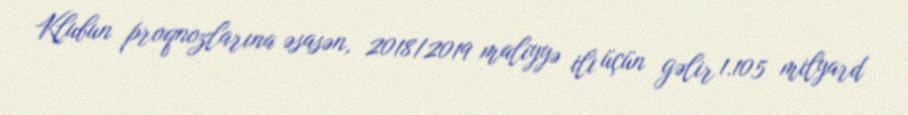
Klubun proqnozlarına əsasən, 2018/2019 maliyyə ili üçün gəlir 1.105 milyard